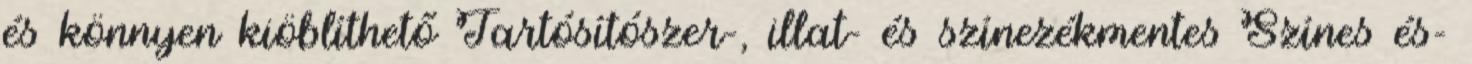
és könnyen kiöblíthető Tartósítószer-, illat- és színezékmentes Színes és-